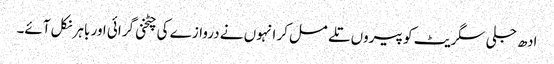
ادھ جلی سگریٹ کو پیروں تلے مسل کر انہوں نے دروازے کی چٹخنی گرائی اور باہر نکل آئے۔